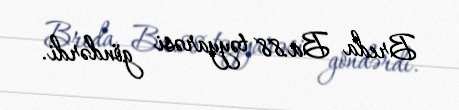
Breda Ba.88 təyyarəsi göndərdi.